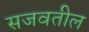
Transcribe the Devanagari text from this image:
सजवतील